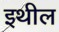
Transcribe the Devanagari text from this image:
इथील